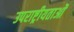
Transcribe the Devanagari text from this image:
उपराष्ट्रीयताओं